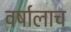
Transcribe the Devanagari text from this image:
वर्षालाच